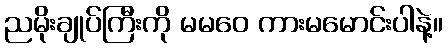
ညမိုးချုပ်ကြီးကို မမဝေ ကားမမောင်းပါနဲ့။